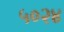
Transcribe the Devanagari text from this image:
५०२४